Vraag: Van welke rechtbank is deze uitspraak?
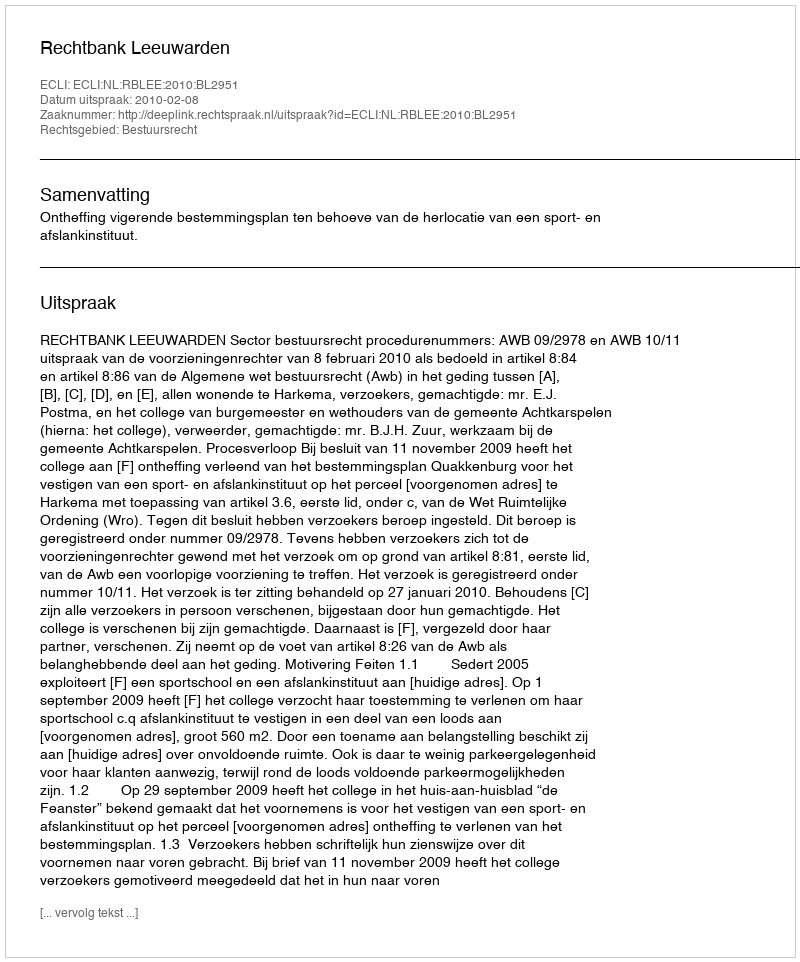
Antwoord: Rechtbank Leeuwarden